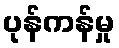
ပုန်ကန်မှု